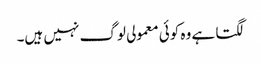
لگتا ہے وہ کوئی معمولی لوگ نہیں ہیں۔